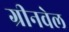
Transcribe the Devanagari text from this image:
ग्रीनवेल